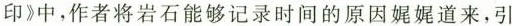
印》中，作者将岩石能够记录时间的原因娓娓道来，引